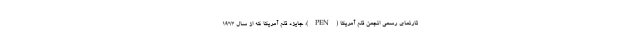
تارنمای رسمی انجمن قلم آمریکا (PEN)، جایزه قلم آمریکا که از سال ۱۹۶۳